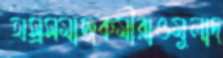
অস্রসমাজকর্মীরাওমুলাদ